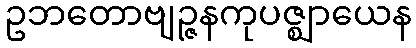
ဥဘတောဗျဉ္ဇနကုပဇ္ဈာယေန